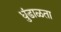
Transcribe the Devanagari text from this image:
धुंडाळता